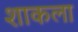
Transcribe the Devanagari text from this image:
शाकला